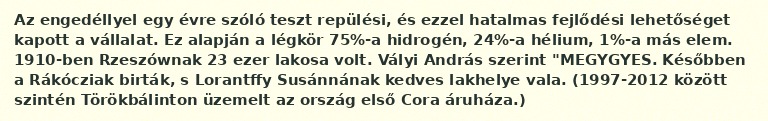
Az engedéllyel egy évre szóló teszt repülési, és ezzel hatalmas fejlődési lehetőséget kapott a vállalat. Ez alapján a légkör 75%-a hidrogén, 24%-a hélium, 1%-a más elem. 1910-ben Rzeszównak 23 ezer lakosa volt. Vályi András szerint "MEGYGYES. Későbben a Rákócziak birták, s Lorantffy Susánnának kedves lakhelye vala. (1997-2012 között szintén Törökbálinton üzemelt az ország első Cora áruháza.)